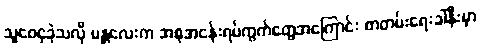
သူဝေငှခဲ့သလို မန္တလေးက အစုအငန်းရပ်ကွက်တွေအကြောင်း စာတမ်းရေးခါနီးမှာ